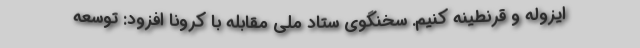
ایزوله و قرنطینه کنیم. سخنگوی ستاد ملی مقابله با کرونا افزود: توسعه